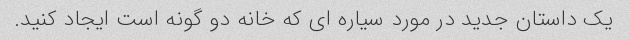
یک داستان جدید در مورد سیاره ای که خانه دو گونه است ایجاد کنید.